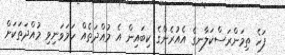
ފަހެ ތިމަންރަސްކަލާނގެ އެއުރެންގެ ކިބައިން އެ މުއްދަތެއް ހަމަވަނިވި މުއްދަތަކަށް